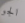
الجو